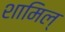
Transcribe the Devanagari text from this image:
शामिल्